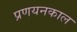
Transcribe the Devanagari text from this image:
प्रणयनकाल